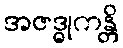
အဇဒ္ဓုကန္တိ